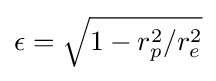
\epsilon ={\sqrt {1-r_{p}^{2}/r_{e}^{2}}}